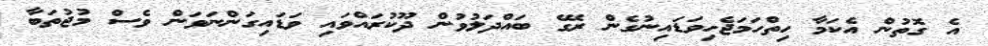
އެ ގޮތުން އެކަމާ ހިތްހަމަޖެހިވަޑައިނުގެން ރޭގެ ބައްދަލުވުން ދޫކުރައްވައި ވަޑައިގަންނަވަން ވެސް މުޖުތަބާ